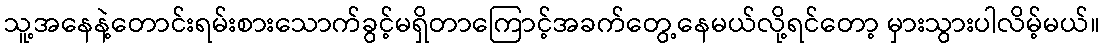
သူ့အနေနဲ့တောင်းရမ်းစားသောက်ခွင့်မရှိတာကြောင့်အခက်တွေ့နေမယ်လို့ရင်တော့ မှားသွားပါလိမ့်မယ်။